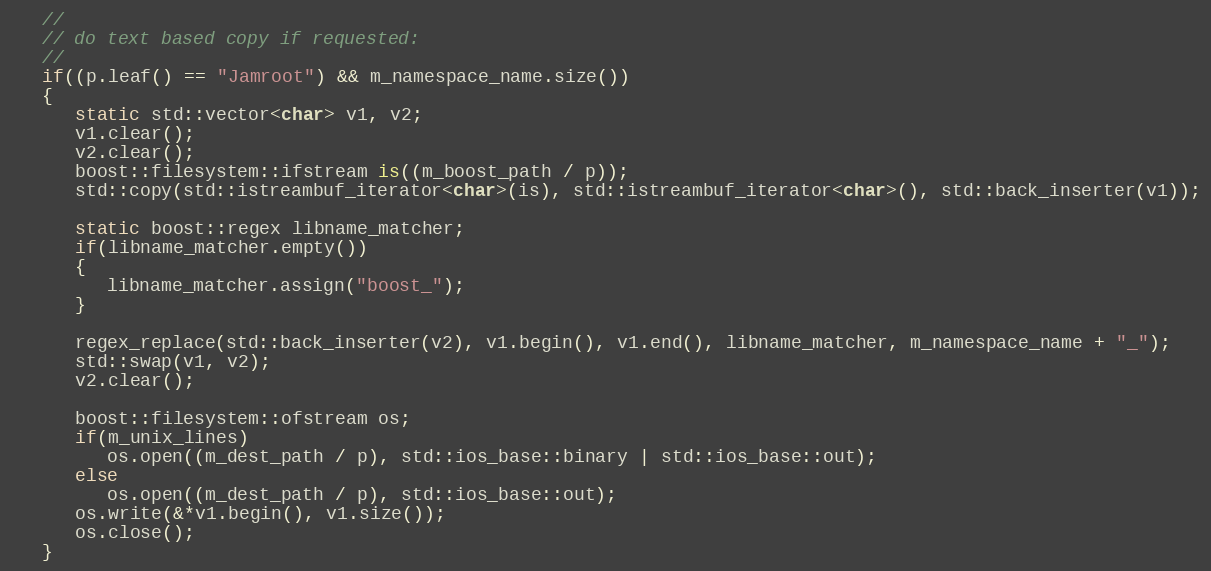
Language: C++
   //
   // do text based copy if requested:
   //
   if((p.leaf() == "Jamroot") && m_namespace_name.size())
   {
      static std::vector<char> v1, v2;
      v1.clear();
      v2.clear();
      boost::filesystem::ifstream is((m_boost_path / p));
      std::copy(std::istreambuf_iterator<char>(is), std::istreambuf_iterator<char>(), std::back_inserter(v1));

      static boost::regex libname_matcher;
      if(libname_matcher.empty())
      {
         libname_matcher.assign("boost_");
      }

      regex_replace(std::back_inserter(v2), v1.begin(), v1.end(), libname_matcher, m_namespace_name + "_");
      std::swap(v1, v2);
      v2.clear();

      boost::filesystem::ofstream os;
      if(m_unix_lines)
         os.open((m_dest_path / p), std::ios_base::binary | std::ios_base::out);
      else
         os.open((m_dest_path / p), std::ios_base::out);
      os.write(&*v1.begin(), v1.size());
      os.close();
   }